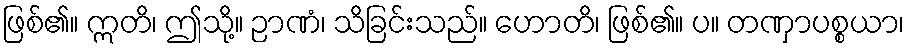
ဖြစ်၏။ ဣတိ၊ ဤသို့။ ဉာဏံ၊ သိခြင်းသည်။ ဟောတိ၊ ဖြစ်၏။ ပ။ တဏှာပစ္စယာ၊